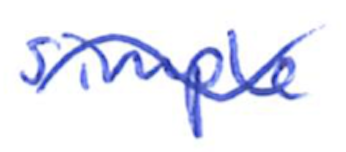
Text: simple
Cross-out: wave
Writing tool: ballpoint